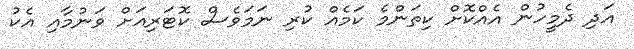
އަދި ދެމީހުން އެއްކޮށް ކިތަންމެ ކަމެއް ކުރި ނަމަވެސް ކޮޓަރިއަށް ވަނުމާއި އެކު